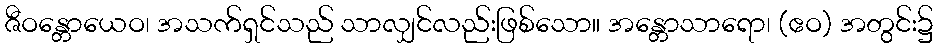
ဇီဝန္တောယေဝ၊ အသက်ရှင်သည် သာလျှင်လည်းဖြစ်သော။ အန္တောသာရော၊ (ဧဝ) အတွင်း၌